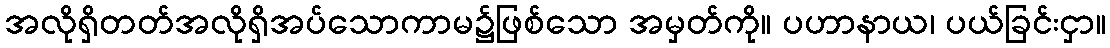
အလိုရှိတတ်အလိုရှိအပ်သောကာမ၌ဖြစ်သော အမှတ်ကို။ ပဟာနာယ၊ ပယ်ခြင်းငှာ။